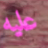
عليه